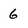
Character: 6